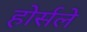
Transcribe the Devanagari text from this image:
होर्सले